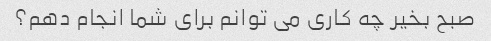
صبح بخیر چه کاری می توانم برای شما انجام دهم؟